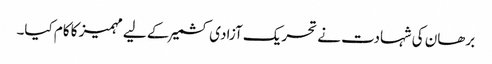
برھان کی شہادت نے تحریک آزادی کشمیر کے لیے مہمیز کا کام کیا۔